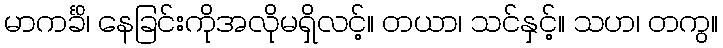
မာကင်္ခိ၊ နေခြင်းကိုအလိုမရှိလင့်။ တယာ၊ သင်နှင့်။ သဟ၊ တကွ။